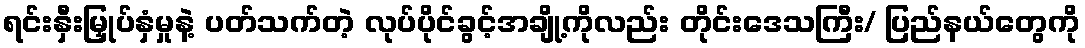
ရင်းနှီးမြှုပ်နှံမှုနဲ့ ပတ်သက်တဲ့ လုပ်ပိုင်ခွင့်အချို့ကိုလည်း တိုင်းဒေသကြီး/ ပြည်နယ်တွေကို